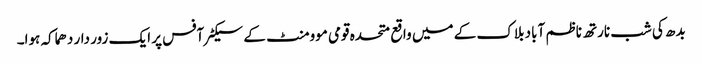
بدھ کی شب نارتھ ناظم آباد بلاک کے میں واقع متحدہ قومی موومنٹ کے سیکٹرآفس پر ایک زور دار دھماکہ ہوا۔